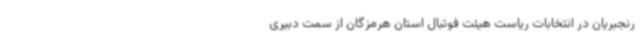
رنجبریان در انتخابات ریاست هیئت فوتبال استان هرمزگان از سمت دبیری